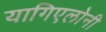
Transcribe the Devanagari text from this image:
यागिएलोनी